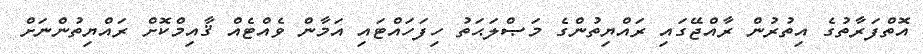
އޮތްފަރާތުގެ އިތުރުން ރާއްޖޭގައި ރައްޔިތުންގެ މަޞްލަޙަތު ހިފަހައްޓައި އަމާން ވެއްޓެއް ޤާއިމްކޮށް ރައްޔިތުންނަށް